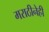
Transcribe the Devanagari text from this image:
मराठीनेही